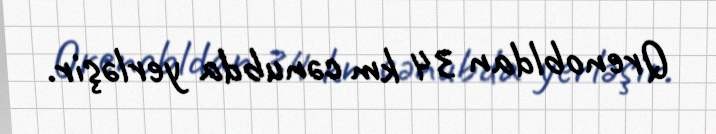
Qrenobldan 34 km cənubda yerləşir.